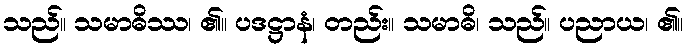
သည်။ သမာဓိဿ၊ ၏။ ပဒဋ္ဌာနံ၊ တည်း။ သမာဓိ၊ သည်။ ပညာယ၊ ၏။